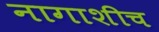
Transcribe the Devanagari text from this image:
नागाशीच